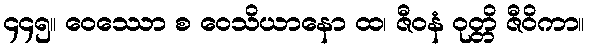
၄၄၅။ ဝေဿော စ ဝေသိယာနော ထ၊ ဇီဝနံ ဝုတ္တိ ဇီဝိကာ။